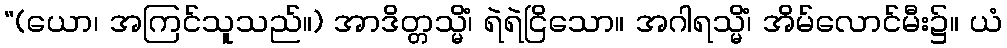
“(ယော၊ အကြင်သူသည်။) အာဒိတ္တသ္မိံ၊ ရဲရဲငြိသော။ အဂါရသ္မိံ၊ အိမ်လောင်မီး၌။ ယံ